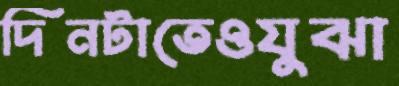
দিনটাতেওযুঝা